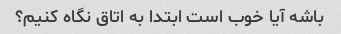
باشه آیا خوب است ابتدا به اتاق نگاه کنیم؟